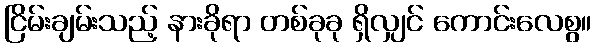
ငြိမ်းချမ်းသည့် နားခိုရာ တစ်ခုခု ရှိလျှင် ကောင်းလေစွ။